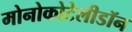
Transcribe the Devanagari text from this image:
मोनोकोटेलीडॉन